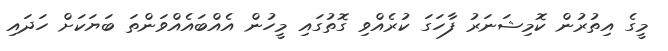
މީގެ އިތުރުން ކޮމިޝަނަރު ފާހަގަ ކުރެއްވި ގޮތުގައި މީހުން އެއްބައެއްވަންތަ ބަޔަކަށް ހަދައި